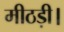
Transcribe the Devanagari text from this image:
मीठड़ी।